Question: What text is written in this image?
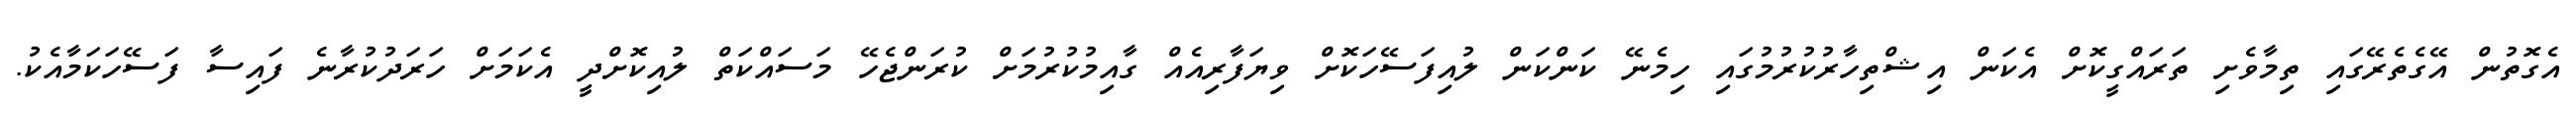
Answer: އެގޮތުން އޭގެތެރޭގައި ތިމާވެށި ތަރައްގީކޮށް އެކަން އިޝްތިހާރުކުރުމުގައި ހިމެނޭ ކަންކަން ލުއިފަސޭހަކޮށް ވިޔަފާރިއެއް ގާއިމުކުރުމަށް ކުރަންޖެހޭ މަސައްކަތް ލުއިކޮށްދީ އެކަމަށް ހަރަދުކުރާނެ ފައިސާ ފަސޭހަކަމާއެކު.